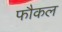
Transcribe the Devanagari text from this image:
फौकल